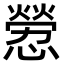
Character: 憥